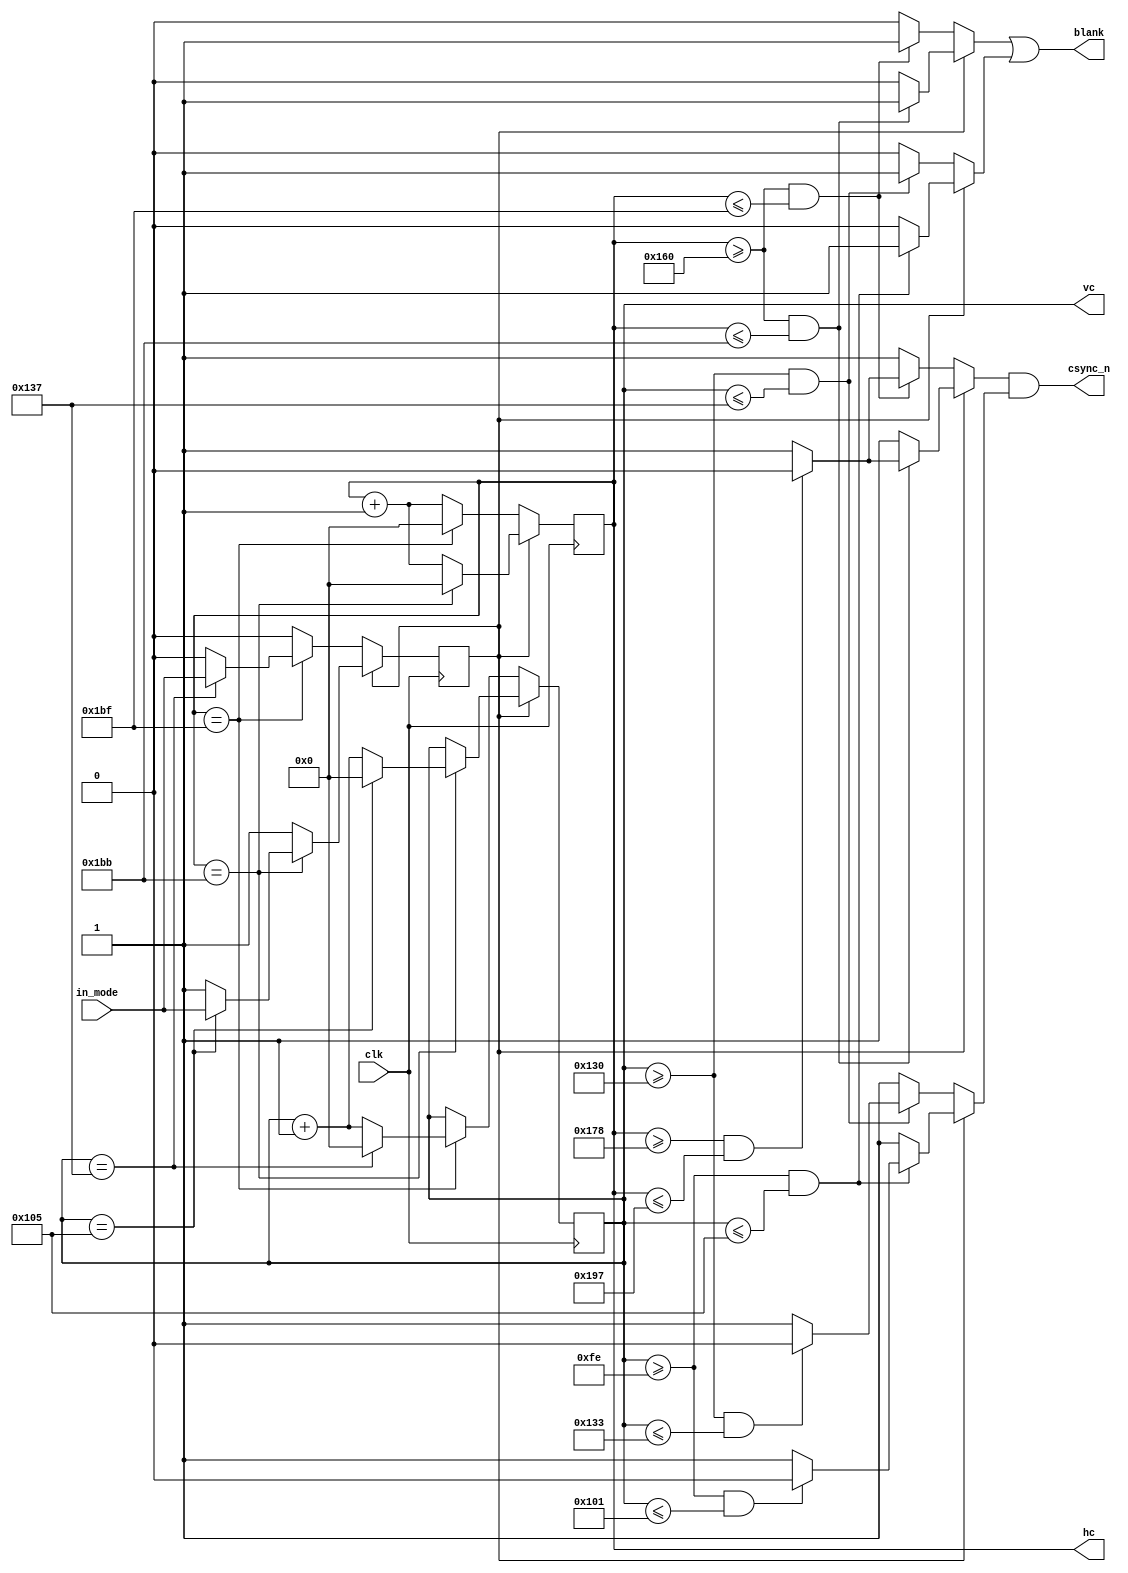
module sync_generator_pal_ntsc (
    input wire clk,   // 7 MHz
    input wire in_mode,  // 0: PAL, 1: NTSC
    output reg csync_n,
    output wire [8:0] hc,
    output wire [8:0] vc,
    output reg blank
    );
    
    parameter PAL  = 1'b0;
    parameter NTSC = 1'b1;
    
    reg [8:0] h = 9'd0;
    reg [8:0] v = 9'd0;
    reg mode = PAL;
    assign hc = h;
    assign vc = v;
    
    always @(posedge clk) begin
        if (mode == PAL) begin
            if (h == 9'd447) begin
                h <= 9'd0;
                if (v == 9'd311) begin
                    v <= 9'd0;
                    mode <= in_mode;
                end
                else
                    v <= v + 9'd1;
            end
            else
                h <= h + 9'd1;
        end
        else begin // NTSC
            if (h == 9'd443) begin
                h <= 9'd0;
                if (v == 9'd261) begin
                    v <= 9'd0;
                    mode <= in_mode;
                end
                else
                    v <= v + 9'd1;
            end
            else
                h <= h + 9'd1;
        end
    end
    
    reg vblank, hblank, vsync_n, hsync_n;
    always @* begin
        vblank = 1'b0;
        hblank = 1'b0;
        vsync_n = 1'b1;
        hsync_n = 1'b1;
        if (mode == PAL) begin
            if (v >= 9'd304 && v <= 9'd311) begin
                vblank = 1'b1;
                if (v >= 9'd304 && v <= 9'd307) begin
                    vsync_n = 1'b0;
                end
            end
            if (h >= 9'd352 && h <= 9'd447) begin
                hblank = 1'b1;
                if (h >= 9'd376 && h <= 9'd407) begin
                    hsync_n = 1'b0;
                end
            end
        end
        else begin // NTSC
            if (v >= 9'd254 && v <= 9'd261) begin
                vblank = 1'b1;
                if (v >= 9'd254 && v <= 9'd257) begin
                    vsync_n = 1'b0;
                end
            end
            if (h >= 9'd352 && h <= 9'd443) begin
                hblank = 1'b1;
                if (h >= 9'd376 && h <= 9'd407) begin
                    hsync_n = 1'b0;
                end
            end
        end
        blank = hblank | vblank;
        csync_n = hsync_n & vsync_n;
    end
endmodule